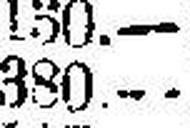
380.—